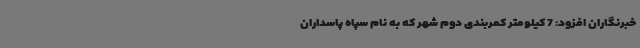
خبرنگاران افزود: 7 کیلومتر کمربندی دوم شهر که به نام سپاه پاسداران